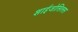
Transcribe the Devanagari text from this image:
शाईजोसिलस